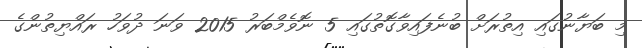
މި ބަޔާނުގައި އިތުރަށް ބުނެފައިވާގޮތުގައި 5 ނޮވެމްބަރު 2015 ވަނަ ދުވަހު ރައްޔިތުންގެ